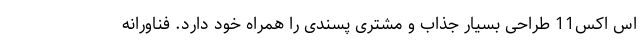
اس اکس11 طراحی بسیار جذاب و مشتری پسندی را همراه خود دارد. فناورانه